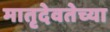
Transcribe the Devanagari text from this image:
मातृदेवतेच्या